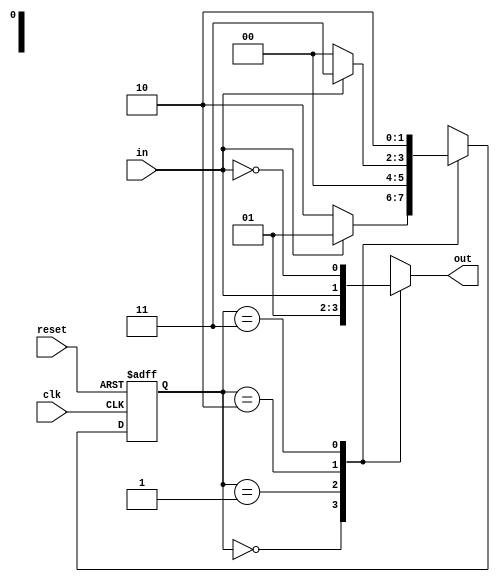
module state_machine(
    input wire clk,
    input wire reset,
    input wire in,
    output reg out
);

// State encoding
parameter StateA = 2'b00;
parameter StateB = 2'b01;
parameter StateC = 2'b10;
parameter StateD = 2'b11;

// State register
reg [1:0] state, next_state;

// State machine logic
always @(posedge clk or posedge reset) begin
    if (reset) begin
        state <= StateA;
    end else begin
        state <= next_state;
    end
end

// Next state logic
always @* begin
    case(state)
        StateA: begin
            if (in) begin
                next_state = StateB;
            end else begin
                next_state = StateC;
            end
        end
        StateB: begin
            next_state = StateA;
        end
        StateC: begin
            if (in) begin
                next_state = StateD;
            end else begin
                next_state = StateA;
            end
        end
        StateD: begin
            next_state = StateC;
        end
    endcase
end

// Output logic
always @* begin
    case(state)
        StateA: begin
            out = 1'b0;
        end
        StateB: begin
            out = 1'b1;
        end
        StateC: begin
            out = in;
        end
        StateD: begin
            out = ~in;
        end
    endcase
end

endmodule